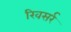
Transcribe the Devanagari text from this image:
रिवसर्र